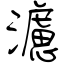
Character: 濾